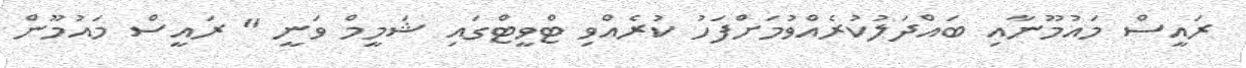
ރައީސް މައުމޫނާއި ބައްދަލުކުރެއްވުމަށްފަހު ކުރެއްވި ޓްވީޓްގައި ޝަމީމް ވަނީ " ރައީސް މައުމޫން